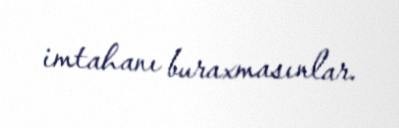
imtahanı buraxmasınlar.